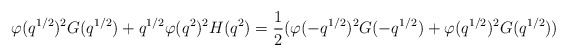
\begin{align*} \varphi(q^{1/2})^2G(q^{1/2})+q^{1/2}\varphi(q^2)^2H(q^2) = \dfrac{1}{2}(\varphi(-q^{1/2})^2G(-q^{1/2})+\varphi(q^{1/2})^2G(q^{1/2}))\end{align*}